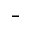
^ -